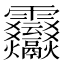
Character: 𩇒